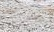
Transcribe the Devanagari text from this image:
बहुमानाची